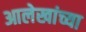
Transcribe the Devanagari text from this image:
आलेखांच्या